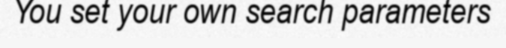
You set your own search parameters